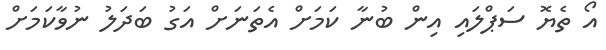
އޯ ތެޔޮ ސަޕްލައި އިން ބުނާ ކަމަށް އެތަނަށް އަގު ބަދަލު ނުވާކަމަށް